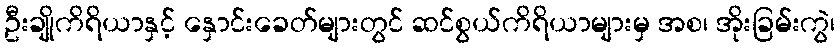
ဦးချိုကိရိယာနှင့် နှောင်းခေတ်များတွင် ဆင်စွယ်ကိရိယာများမှ အစ၊ အိုးခြမ်းကွဲ၊